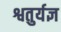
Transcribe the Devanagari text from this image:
श्वतुर्यज्ञ